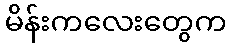
မိန်းကလေးတွေက